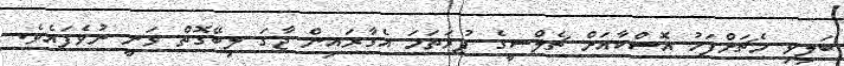
ބަލިވި މެޗަށްފަހު އޮސްކާއަށް ޗެލްސީގެ ފުރަތަމަ އެގާރައިން ޖާގަ ލިބޭގޮތް ވަނީ ނުވެފައެވެ.